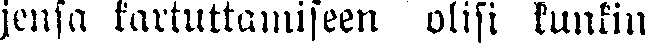
jensa kartuttamiseen olisi kunkin